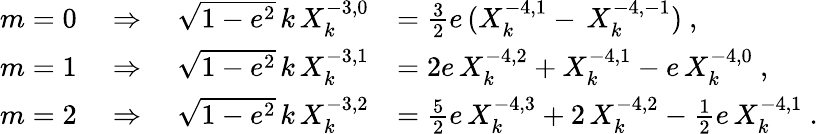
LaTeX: \begin{array}{rl}{m=0\quad\Rightarrow\quad\sqrt{1-e^{2}}\, k\, X_{k}^{-3,0}}&{=\frac 32e\, (X_{k}^{-4,1}-\, X_{k}^{-4,-1})\ ,}\\ {m=1\quad\Rightarrow\quad\sqrt{1-e^{2}}\, k\, X_{k}^{-3,1}}&{=2e\, X_{k}^{-4,2}+X_{k}^{-4,1}-e\, X_{k}^{-4,0}\ ,}\\ {m=2\quad\Rightarrow\quad\sqrt{1-e^{2}}\, k\, X_{k}^{-3,2}}&{=\frac 52e\, X_{k}^{-4,3}+2\, X_{k}^{-4,2}-\frac 12e\, X_{k}^{-4,1}\ .}\end{array}